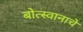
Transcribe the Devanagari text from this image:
बोत्स्वानाचे